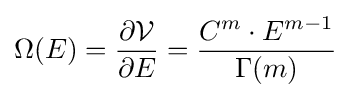
\Omega (E)={\frac {\partial {\mathcal {V}}}{\partial E}}={\frac {C^{m}\cdot E^{m-1}}{\Gamma (m)}}